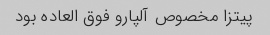
پیتزا مخصوص آلپارو فوق العاده بود